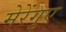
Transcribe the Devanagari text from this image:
मेरेंगुए